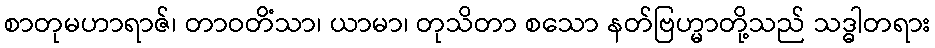
စာတုမဟာရာဇ်၊ တာဝတိံသာ၊ ယာမာ၊ တုသိတာ စသော နတ်ဗြဟ္မာတို့သည် သဒ္ဓါတရား